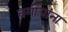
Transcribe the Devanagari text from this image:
वर्गीयांना